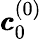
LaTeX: \pmb{c}_{0}^{(0)}